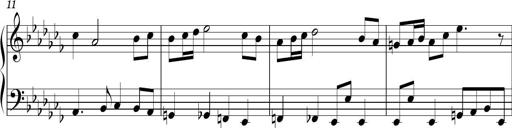
Title: Ten Piano Sonatinas
Composer: Andreas Sain